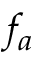
f _ { a }